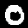
Digit: 0